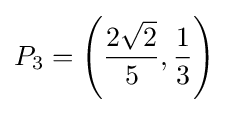
P_{3}=\left({\frac {2{\sqrt {2}}}{5}},{\frac {1}{3}}\right)